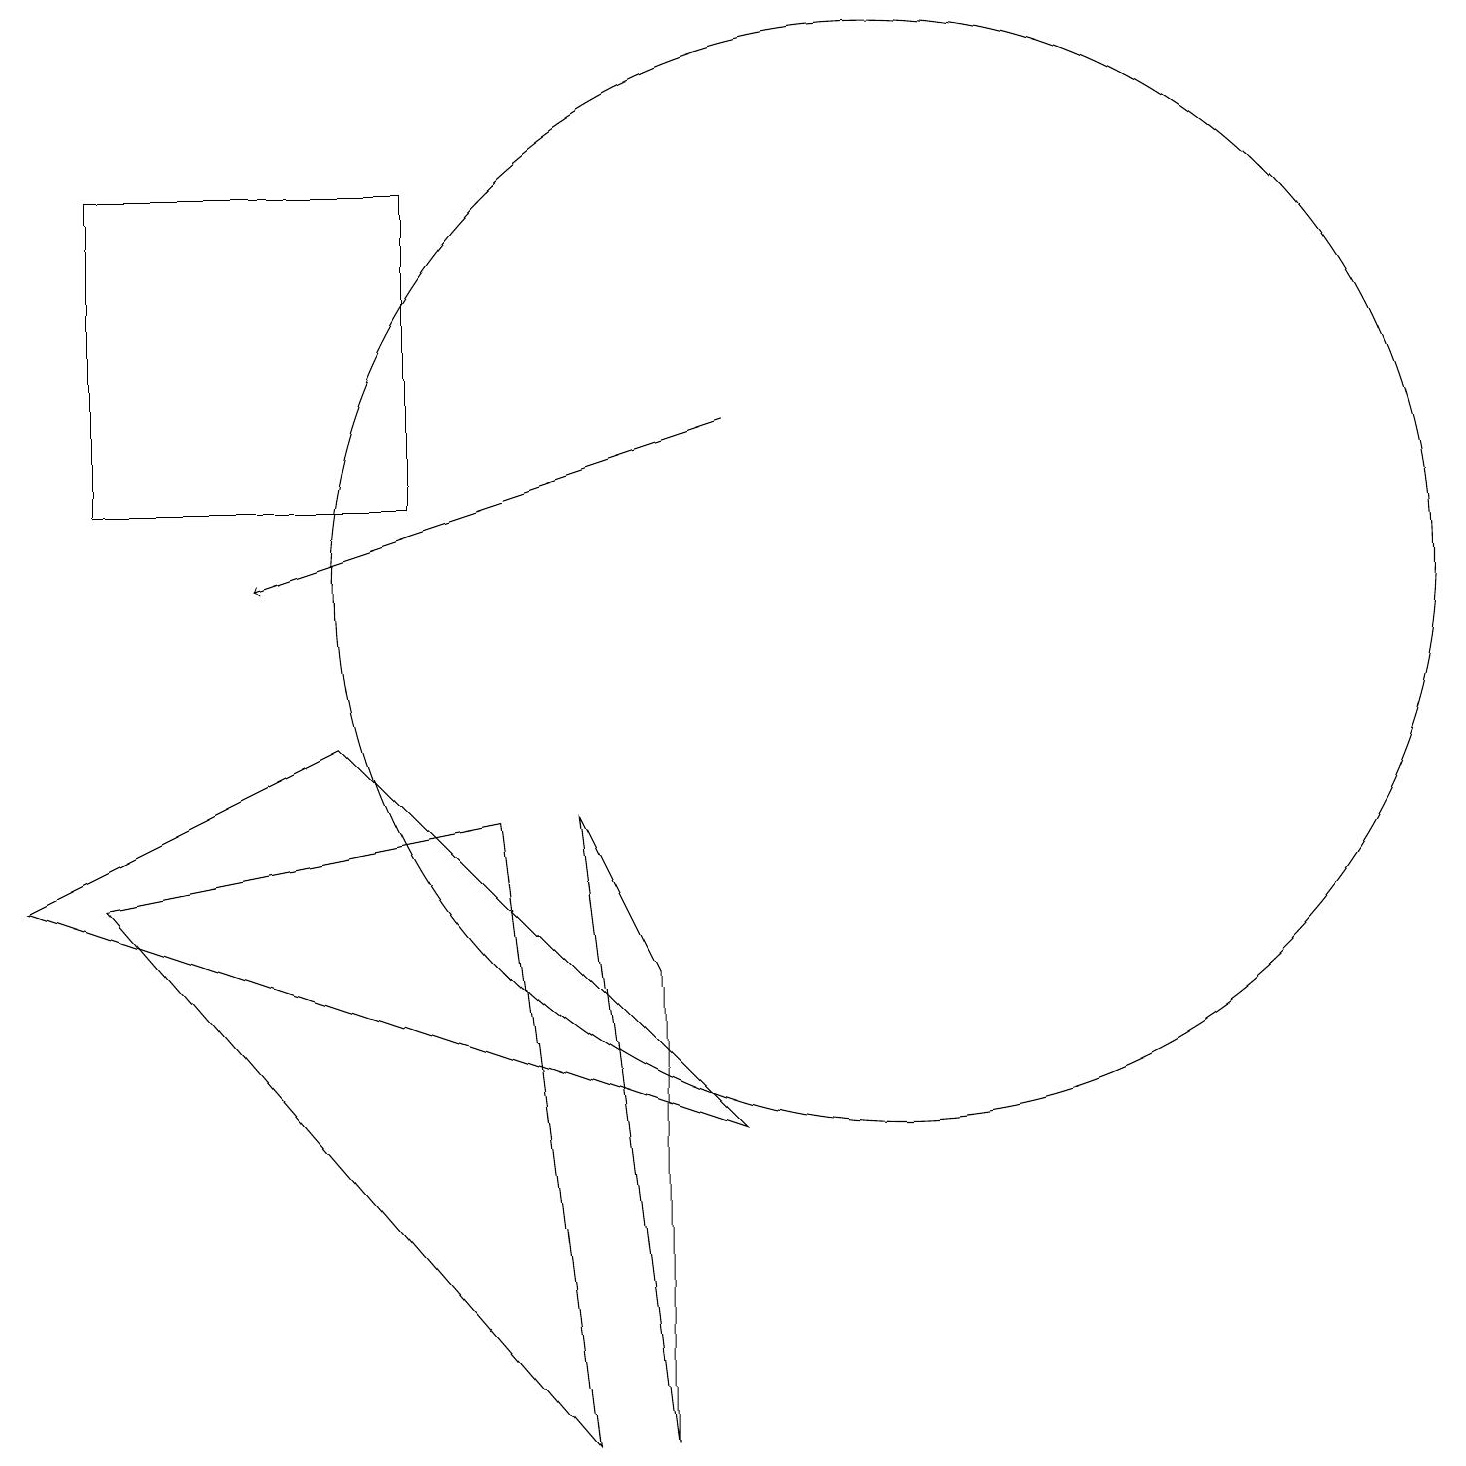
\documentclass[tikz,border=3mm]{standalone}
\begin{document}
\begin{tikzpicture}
\draw (8,6) -- (8,0) -- (7,8) -- cycle;
\draw (0,7) -- (9,4) -- (4,9) -- cycle;
\draw[->] (9,13) -- (3,11);
\draw (11,11) circle (7);
\draw (1,7) -- (6,8) -- (7,0) -- cycle;
\draw (1,12) rectangle (5,16);
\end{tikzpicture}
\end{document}